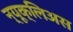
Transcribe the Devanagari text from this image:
न्यूक्लिअस